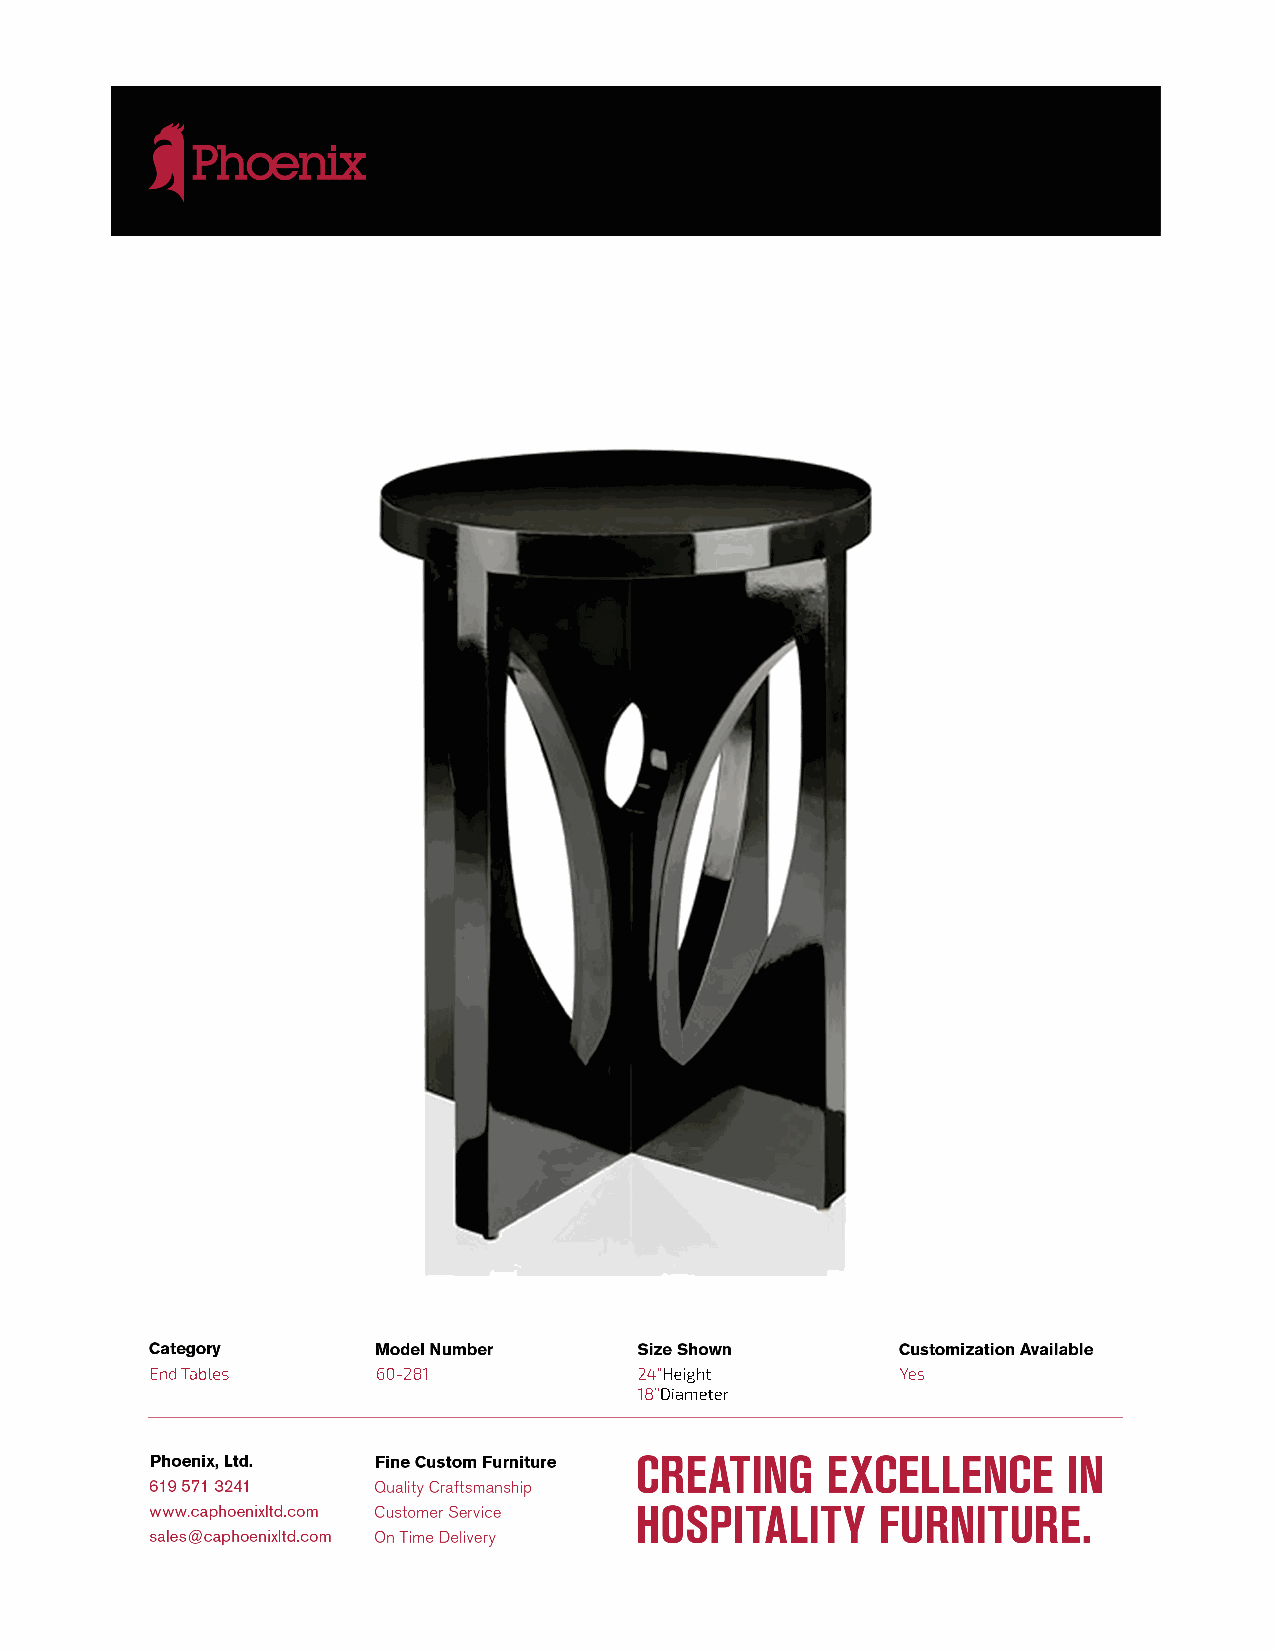
End Tables     60-281           24”Height         Yes
 18”Diameter